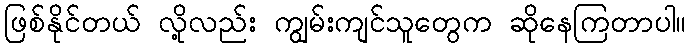
ဖြစ်နိုင်တယ် လို့လည်း ကျွမ်းကျင်သူတွေက ဆိုနေကြတာပါ။